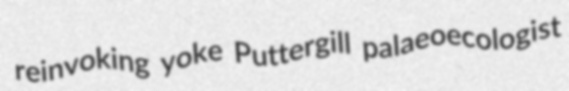
reinvoking yoke Puttergill palaeoecologist